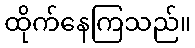
ထိုက်နေကြသည်။